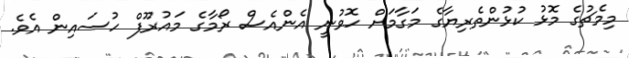
މިމެޗުގެ މޮޅު ކުޅުންތެރިޔާގެ މަގާމަށް ހޮވުނީ އެންއެސް ރޯމާގެ މައުރޫފް ހުސައިން އެވެ.